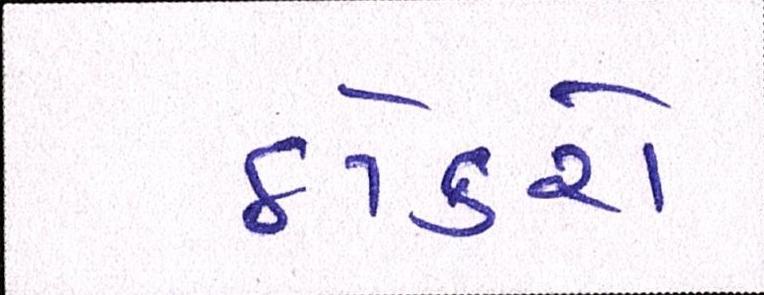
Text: ઠોકરો